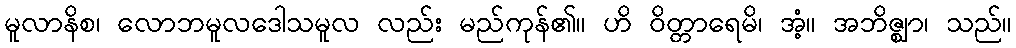
မူလာနိစ၊ လောဘမူလဒေါသမူလ လည်း မည်ကုန်၏။ ဟိ ဝိတ္တာရေမိ၊ အံ့။ အဘိဇ္ဈာ၊ သည်။